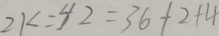
2 k = 4 2 = 3 6 + 2 + 4